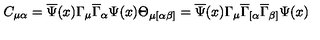
C _ { \mu \alpha } = \overline { { \Psi } } ( x ) \Gamma _ { \mu } \overline { { \Gamma } } _ { \alpha } \Psi ( x ) \Theta _ { \mu [ \alpha \beta ] } = \overline { { \Psi } } ( x ) \Gamma _ { \mu } \overline { { \Gamma } } _ { [ \alpha } \overline { { \Gamma } } _ { \beta ] } \Psi ( x )